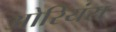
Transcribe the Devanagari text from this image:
ओरियंस